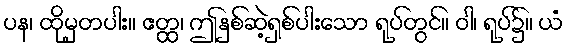
ပန၊ ထိုမှတပါး။ ဧတ္ထ၊ ဤနှစ်ဆဲ့ရှစ်ပါးသော ရုပ်တွင်။ ဝါ၊ ရုပ်၌။ ယံ